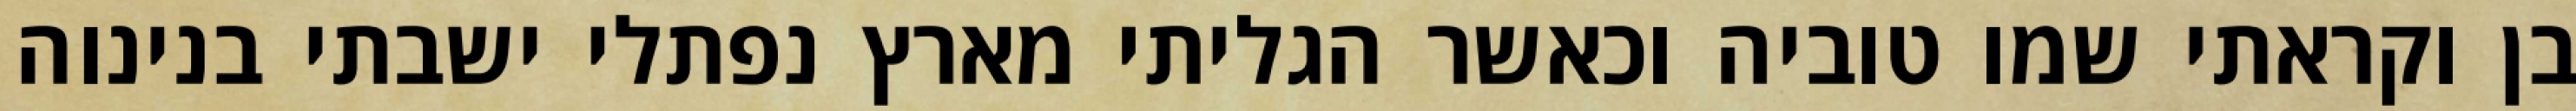
בן וקראתי שמו טוביה וכאשר הגליתי מארץ נפתלי ישבתי בנינוה